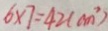
6 \times 7 = 4 2 ( c m ^ { 2 } )